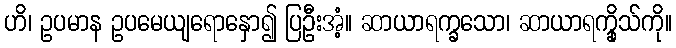
ဟိ၊ ဥပမာန ဥပမေယျရောနှော၍ ပြဦးအံ့။ ဆာယာရက္ခသော၊ ဆာယာရက္ခိုသ်ကို။